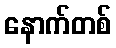
နောက်တစ်